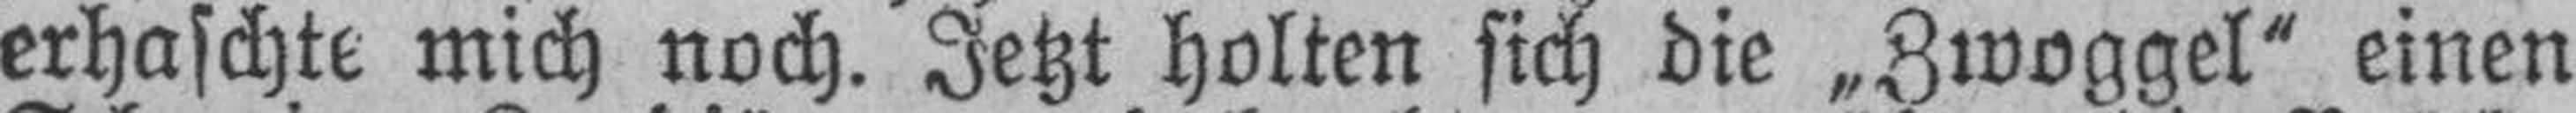
erhaschte mich noch. Jetzt holten sich die „Zwoggel“ einen